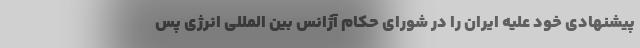
پیشنهادی خود علیه ایران را در شورای حکام آژانس بین المللی انرژی پس